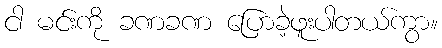
ငါ မင်းကို ခဏခဏ ပြောခဲ့ဖူးပါတယ်ကွာ။